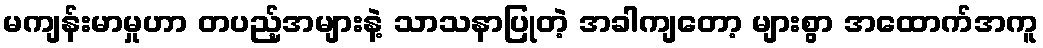
မကျန်းမာမှုဟာ တပည့်အများနဲ့ သာသနာပြုတဲ့ အခါကျတော့ များစွာ အထောက်အကူ